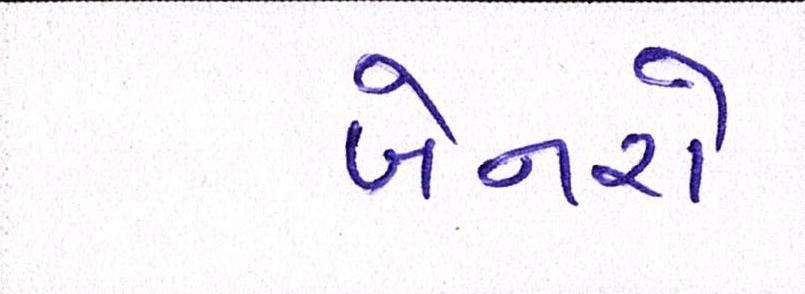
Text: બેનરો